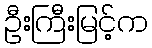
ဦးကြီးမြင့်က